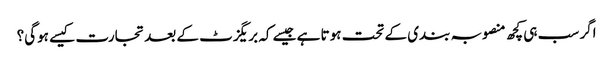
اگر سب ہی کچھ منصوبہ بندی کے تحت ہوتا ہے جیسے کہ بریگزٹ کے بعد تجارت کیسے ہوگی؟